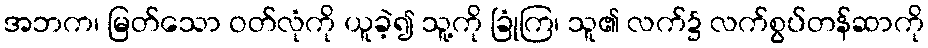
အဘက၊ မြတ်သော ဝတ်လုံကို ယူခဲ့၍ သူ့ကို ခြုံကြ၊ သူ၏ လက်၌ လက်စွပ်တန်ဆာကို